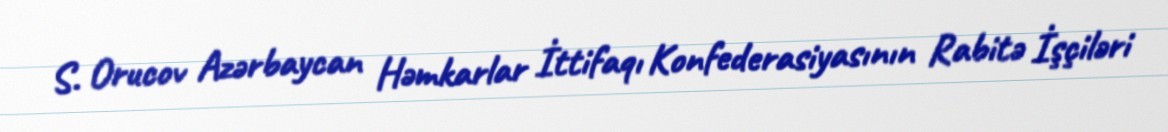
S. Orucov Azərbaycan Həmkarlar İttifaqı Konfederasiyasının Rabitə İşçiləri